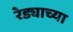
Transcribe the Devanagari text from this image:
रेड्याच्या